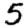
Digit: 5